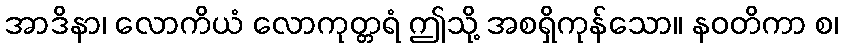
အာဒိနာ၊ လောကိယံ လောကုတ္တရံ ဤသို့ အစရှိကုန်သော။ နဝတိကာ စ၊